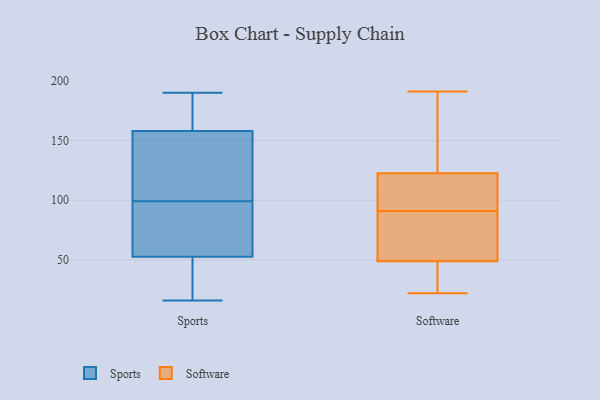
{"axis": {"x": "Net Income (USD K)", "y": "Value"}, "legend": ["Software", "Sports"], "data": [{"x": "", "y": 174, "type": "Sports"}, {"x": "", "y": 132, "type": "Sports"}, {"x": "", "y": 16, "type": "Sports"}, {"x": "", "y": 88, "type": "Sports"}, {"x": "", "y": 26, "type": "Sports"}, {"x": "", "y": 61, "type": "Sports"}, {"x": "", "y": 113, "type": "Sports"}, {"x": "", "y": 176, "type": "Sports"}, {"x": "", "y": 39, "type": "Sports"}, {"x": "", "y": 50, "type": "Sports"}, {"x": "", "y": 90, "type": "Sports"}, {"x": "", "y": 70, "type": "Sports"}, {"x": "", "y": 150, "type": "Sports"}, {"x": "", "y": 40, "type": "Sports"}, {"x": "", "y": 152, "type": "Sports"}, {"x": "", "y": 190, "type": "Sports"}, {"x": "", "y": 164, "type": "Sports"}, {"x": "", "y": 108, "type": "Sports"}, {"x": "", "y": 172, "type": "Sports"}, {"x": "", "y": 55, "type": "Sports"}, {"x": "", "y": 70, "type": "Software"}, {"x": "", "y": 119, "type": "Software"}, {"x": "", "y": 39, "type": "Software"}, {"x": "", "y": 133, "type": "Software"}, {"x": "", "y": 52, "type": "Software"}, {"x": "", "y": 191, "type": "Software"}, {"x": "", "y": 183, "type": "Software"}, {"x": "", "y": 91, "type": "Software"}, {"x": "", "y": 77, "type": "Software"}, {"x": "", "y": 99, "type": "Software"}, {"x": "", "y": 104, "type": "Software"}, {"x": "", "y": 32, "type": "Software"}, {"x": "", "y": 22, "type": "Software"}]}